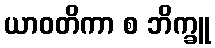
ယာဝတိကာ စ ဘိက္ခူ